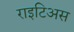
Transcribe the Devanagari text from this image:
राइटिअस